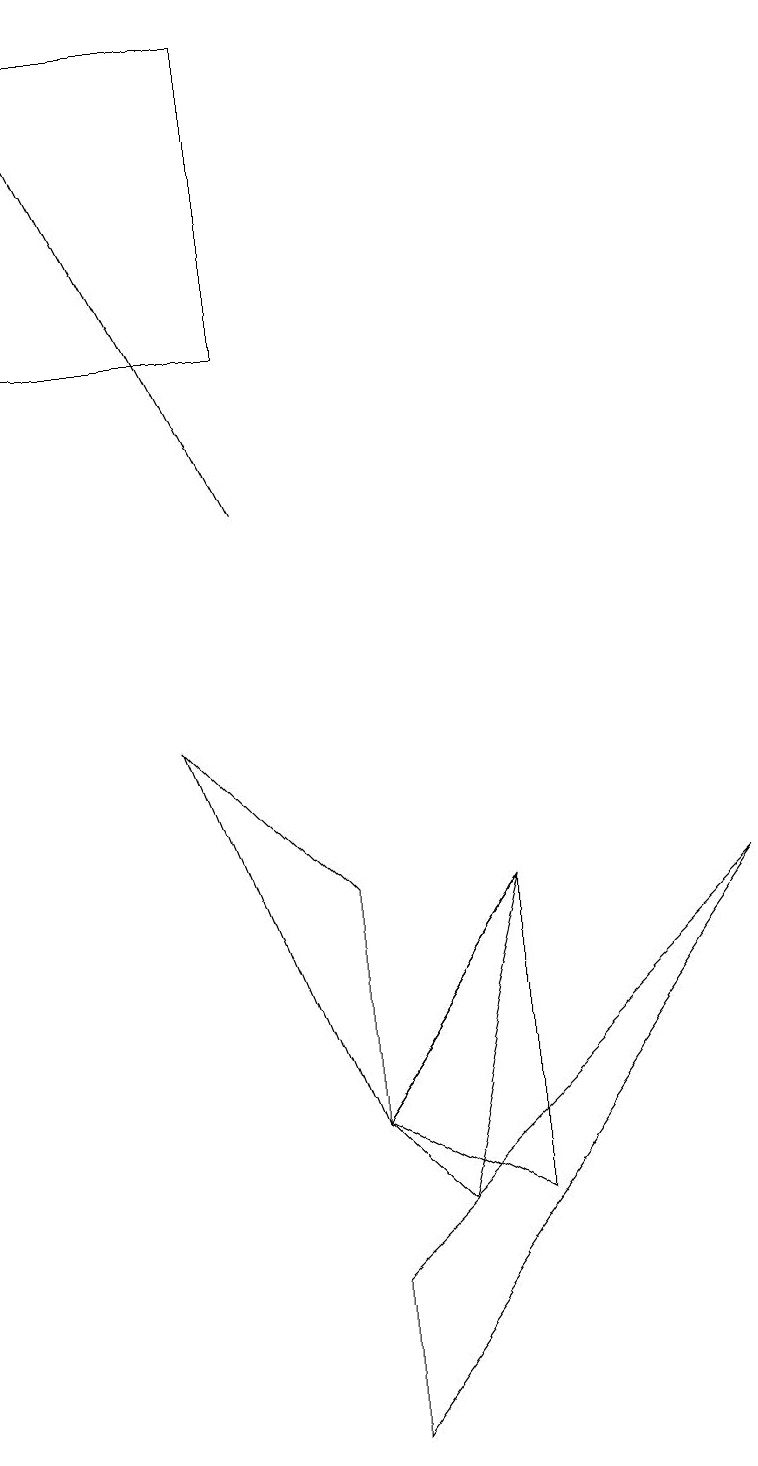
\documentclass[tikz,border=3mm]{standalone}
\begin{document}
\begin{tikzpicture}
\draw (4,4) -- (4,7) -- (2,9) -- cycle;
\draw[->] (3,12) -- (0,18);
\draw (4,2) -- (9,7) -- (4,0) -- cycle;
\draw (3,14) rectangle (0,18);
\draw (6,3) -- (6,7) -- (4,4) -- cycle;
\draw (4,4) -- (6,7) -- (5,3) -- cycle;
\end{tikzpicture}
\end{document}